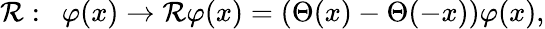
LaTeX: {\cal R}:\ \ \varphi(x)\rightarrow{\cal R}\varphi(x)=(\Theta(x)-\Theta(-x))\varphi(x),